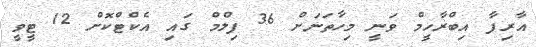
އާރިފާ އިބްރާހީމް ވަނީ މިހާތަނަށް 36 ފިލްމް ގައި އެކްޓްކޮށް 12 ޓީވީ